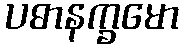
ပဓာနက္ခမော